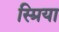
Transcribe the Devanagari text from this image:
स्प्रिया